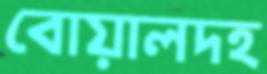
বোয়ালদহ